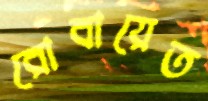
রোবায়েত